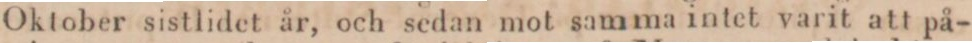
Oktober sistlidet år, och sedan mot samma intet varit att på-